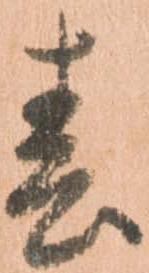
春